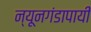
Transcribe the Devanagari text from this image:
न्यूनगंडापायी